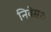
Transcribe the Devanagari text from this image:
निवेसश